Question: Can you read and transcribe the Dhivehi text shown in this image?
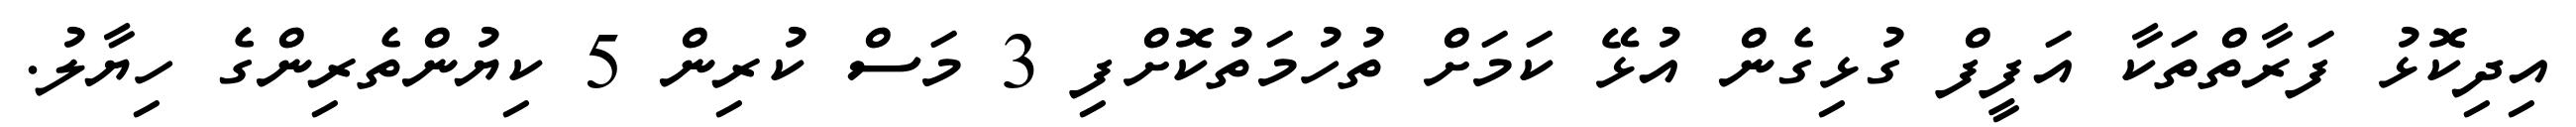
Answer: އިދިކޮޅު ފަރާތްތަކާ އަފީފް ގުޅިގެން އުޅޭ ކަމަށް ތުހުމަތުކޮށްފި 3 މަސް ކުރިން 5 ކިޔުންތެރިންގެ ހިޔާލު.